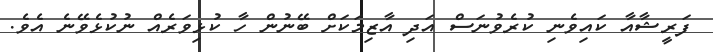
ފަރީޝާއާ ކައިވެނި ކުރެވުނަސް އަދި އާޒިމަކަށް ބޭނުން ހާ ކުޅިވަރެއް ނުކުޅެވޭނެ އެވެ.